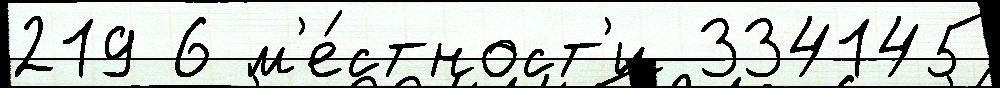
219 6 м'е́стност'и 334145